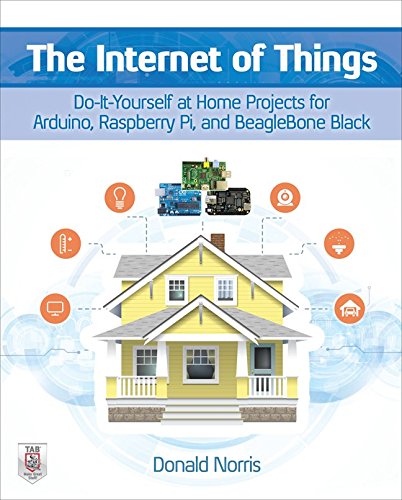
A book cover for The Internet of Things: Do-It-Yourself at Home Projects for Arduino, Raspberry Pi and BeagleBone Black; Donald Norris; Computers & Technology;